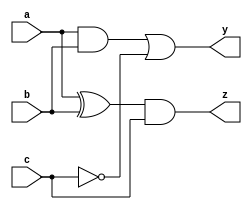
module combinational_circuit (
    input wire a,
    input wire b,
    input wire c,
    output reg y,
    output reg z
);

// Task definition
task compute_logic;
    input wire a;
    input wire b;
    input wire c;
    output reg y;
    output reg z;

    begin
        // Combinational logic implementation
        y = (a & b) | (~c);  // Example logic for output y
        z = (a ^ b) & c;     // Example logic for output z
    end
endtask

// Always block with complete sensitivity list
always @ (a or b or c) begin
    // Initialize outputs (optional)
    y = 1'b0;  // Default state for y
    z = 1'b0;  // Default state for z

    // Call the task to compute the outputs
    compute_logic(a, b, c, y, z);
end

endmodule